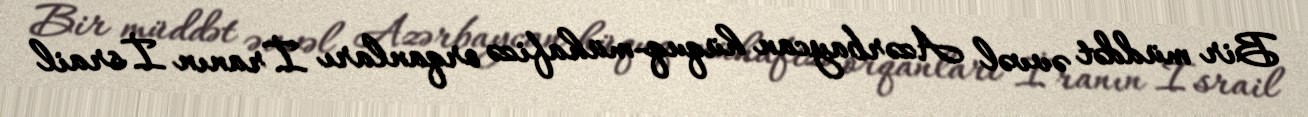
Bir müddət əvvəl Azərbaycan hüquq-mühafizə orqanları İranın İsrail